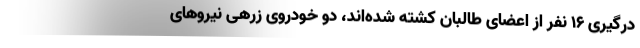
درگیری 16 نفر از اعضای طالبان کشته شده‌اند، دو خودروی زرهی نیروهای